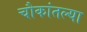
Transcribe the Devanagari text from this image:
चौकांतल्या